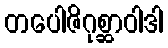
တပေါဇိဂုစ္ဆာဝါဒါ